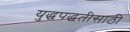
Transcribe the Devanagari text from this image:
युद्धपद्धतीसाठी